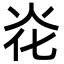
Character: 炛